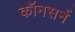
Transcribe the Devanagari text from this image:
कॉनसर्न